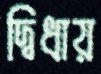
দ্বিধায়